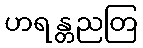
ဟရန္တညတြ